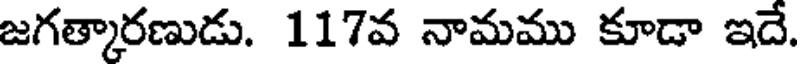
జగత్కారణుడు. 117వ నామము కూడా ఇదే.